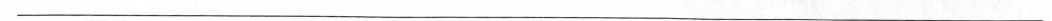
___